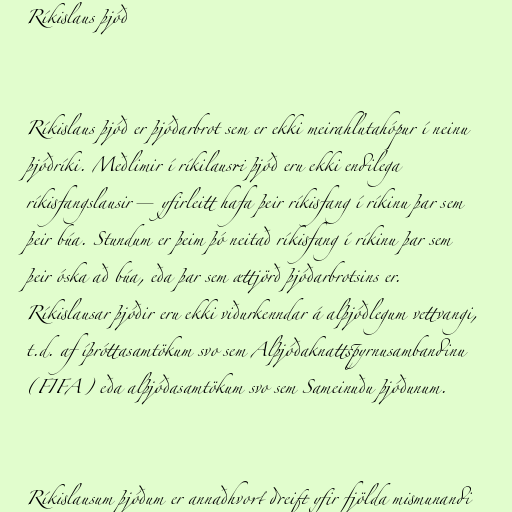
Ríkislaus þjóð

Ríkislaus þjóð er þjóðarbrot sem er ekki meirahlutahópur í neinu
þjóðríki. Meðlimir í ríkilausri þjóð eru ekki endilega
ríkisfangslausir—yfirleitt hafa þeir ríkisfang í ríkinu þar sem
þeir búa. Stundum er þeim þó neitað ríkisfang í ríkinu þar sem
þeir óska að búa, eða þar sem ættjörð þjóðarbrotsins er.
Ríkislausar þjóðir eru ekki viðurkenndar á alþjóðlegum vettvangi,
t.d. af íþróttasamtökum svo sem Alþjóðaknattspyrnusambandinu
(FIFA) eða alþjóðasamtökum svo sem Sameinuðu þjóðunum.

Ríkislausum þjóðum er annaðhvort dreift yfir fjölda mismunandi